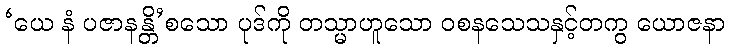
‘ယေ နံ ပဇာနန္တိ’စသော ပုဒ်ကို တသ္မာဟူသော ဝစနသေသနှင့်တကွ ယောဇနာ